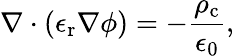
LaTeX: \nabla\cdot(\epsilon_{\mathrm{r}}\nabla\phi)=-\frac{\rho_{\mathrm{c}}}{\epsilon_{0}},